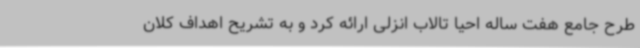
طرح جامع هفت ساله احیا تالاب انزلی ارائه کرد و به تشریح اهداف کلان